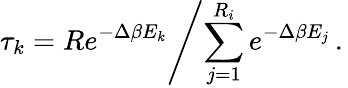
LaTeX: \left.\tau_{k}=Re^{-\Delta\beta E_{k}}\middle/\sum_{j=1}^{R_{i}}e^{-\Delta\beta E_{j}}\, .\right.